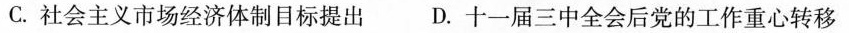
C.社会主义市场经济体制目标提出 D.十一届三中全会后党的工作中心转移